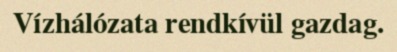
Vízhálózata rendkívül gazdag.